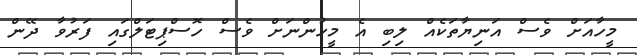
މީހާއަށް ވެސް އަނިޔާތަކެއް ލިބި އެ މީހުންނަށް ވެސް ހޮސްޕިޓަލްގައި ފަރުވާ ދޭން